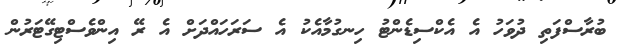
ބުރާސްފަތި ދުވަހު އެ އެކްސިޑެންޓު ހިނގުމާއެކު އެ ސަރަހައްދަށް އެ ރޭ އިންވެސްޓިގޭޓަރުން